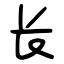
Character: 长